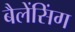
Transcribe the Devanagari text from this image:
बैलेंसिंग